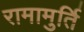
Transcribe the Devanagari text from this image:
रामामुर्ति